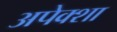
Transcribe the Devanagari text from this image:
अपेक्शा